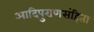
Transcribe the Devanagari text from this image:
आदिपुराणसंहिता